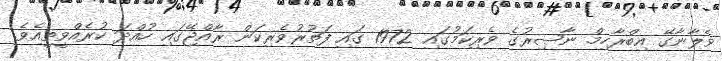
ވެލާނާގޭ އިބްރާހިމް ނާޞިރުގެ ވެރިކަމުގައި 1972 ގައި ފަތުރުވެރިކަން ރާއްޖޭގައި ހުއްދަ ކުރެއްވީތީއެވެ.